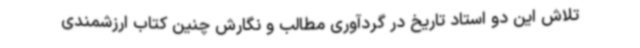
تلاش این دو استاد تاریخ در گردآوری مطالب و نگارش چنین کتاب ارزشمندی